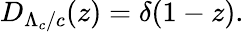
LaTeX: D_{\Lambda_{c}/c}(z)=\delta(1-z).